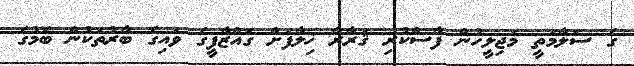
ގެ ސަލާމަތީ މަޖިލީހުން ފާސްކުރި ޤަރާރާ ޚިލާފަށް ގައްޒާފީގެ ވައިގެ ބާރުތަކުން ބޮމުގެ